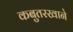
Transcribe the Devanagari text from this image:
कबुतरखाने